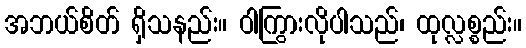
အဘယ်စိတ် ရှိသနည်း။ ဝါကြွားလိုပါသည်၊ ထုလ္လစ္စည်း။